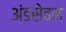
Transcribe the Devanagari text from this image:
अंडसेवन